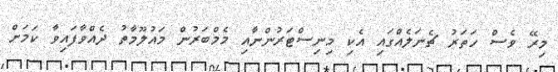
މިރޭ ވެސް ހަތަރު ޗެނަލެއްގައި އެކި މިނިސްޓަރުންނާއި މެމްބަރުން މައުލޫމާތު ދެއްވާފައިވާ ކަމަށް